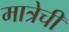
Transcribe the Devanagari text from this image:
मात्रेची